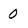
Character: 0